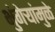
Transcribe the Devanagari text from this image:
भुंगेर्‍यांमुळे